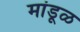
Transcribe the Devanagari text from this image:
मांडूळ